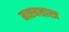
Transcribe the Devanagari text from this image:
मत्स्यशास्त्र